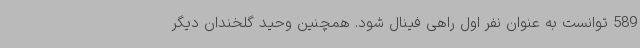
589 توانست به عنوان نفر اول راهی فینال شود. همچنین وحید گلخندان دیگر